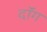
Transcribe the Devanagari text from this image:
दॉंग